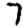
Digit: 7